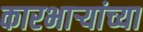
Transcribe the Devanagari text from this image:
कारभार्‍यांच्या